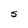
Character: S